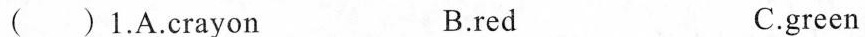
( )1.A.Crayon B.red C.green